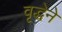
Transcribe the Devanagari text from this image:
वृद्धेने